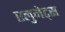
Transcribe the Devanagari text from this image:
एलुमेट्स